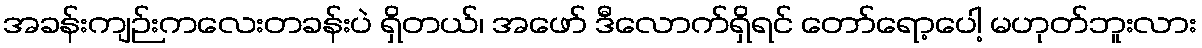
အခန်းကျဉ်းကလေးတခန်းပဲ ရှိတယ်၊ အဖော် ဒီလောက်ရှိရင် တော်ရော့ပေါ့ မဟုတ်ဘူးလား